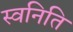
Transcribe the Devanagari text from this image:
स्वनिति